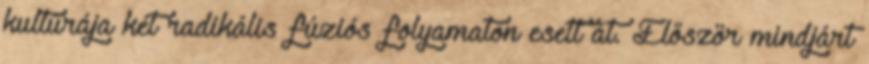
kultúrája két radikális fúziós folyamaton esett át. Először mindjárt